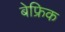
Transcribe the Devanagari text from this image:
बेफ्रिक